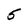
Character: 5